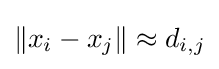
\|x_{i}-x_{j}\|\approx d_{i,j}